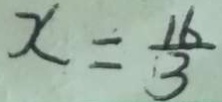
x = \frac { 1 6 } { 3 }